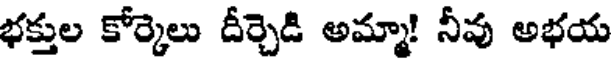
భక్తుల కోర్కెలు దీర్చెడి అమ్మా! నీవు అభయ